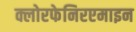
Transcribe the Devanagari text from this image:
क्लोरफेनिरएमाइन